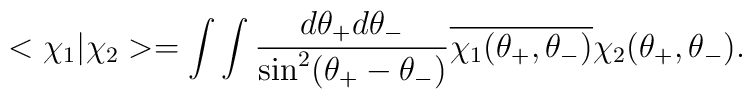
<\chi_{1}|\chi_{2}>=\int\int\frac{d\theta_{+}d\theta_{-}}{\sin^{2}(\theta_{+}-\theta_{-})}\overline{\chi_{1}(\theta_{+},\theta_{-})}\chi_{2}(\theta_{+},\theta_{-}).